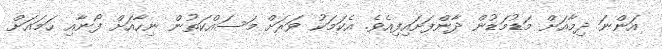
އަންނަ ދިމާއަށް މަޑުމަޑުން ދާންފަށައިފިއެވެ. އެކަމަކު ވަރަށް މަސައްކަތުން ނިހާއަށް ފޯނާއި ހަމައަށް